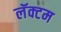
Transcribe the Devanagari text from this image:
लॅक्टम